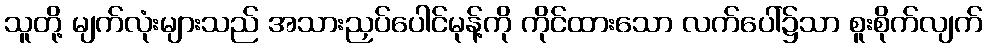
သူတို့ မျက်လုံးများသည် အသားညှပ်ပေါင်မုန့်ကို ကိုင်ထားသော လက်ပေါ်၌သာ စူးစိုက်လျက်